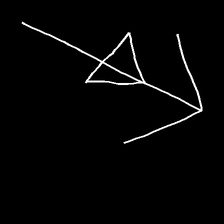
Glyph: pull